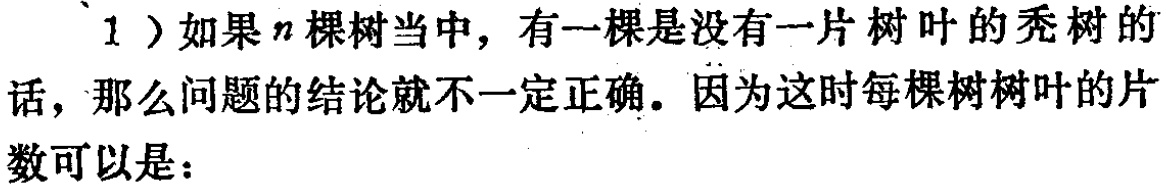
1）如果\(n\)棵树当中，有一棵是没有一片树叶的秃树的话，那么问题的结论就不一定正确。因为这时每棵树树叶的片数可以是：